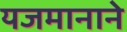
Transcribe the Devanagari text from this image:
यजमानाने